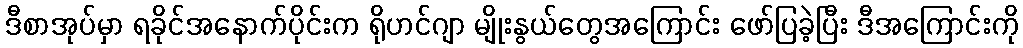
ဒီစာအုပ်မှာ ရခိုင်အနောက်ပိုင်းက ရိုဟင်ဂျာ မျိုးနွယ်တွေအကြောင်း ဖော်ပြခဲ့ပြီး ဒီအကြောင်းကို